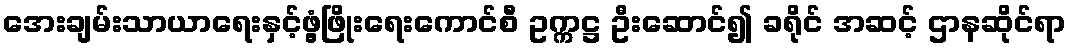
အေးချမ်းသာယာရေးနှင့်ဖွံ့ဖြိုးရေးကောင်စီ ဥက္ကဋ္ဌ ဦးဆောင်၍ ခရိုင် အဆင့် ဌာနဆိုင်ရာ